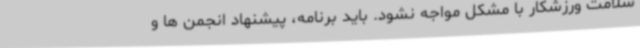
سلامت ورزشکار با مشکل مواجه نشود. باید برنامه، پیشنهاد انجمن ها و